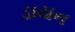
ડાયન